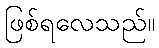
ဖြစ်ရလေသည်။